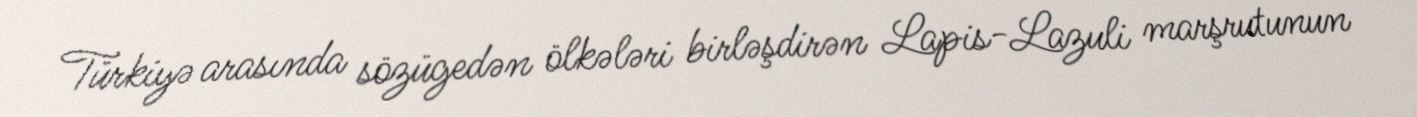
Türkiyə arasında sözügedən ölkələri birləşdirən Lapis-Lazuli marşrutunun